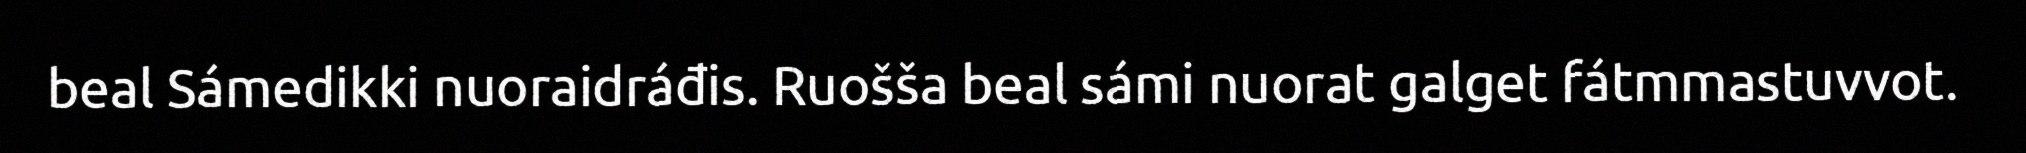
beal Sámedikki nuoraidráđis. Ruošša beal sámi nuorat galget fátmmastuvvot.